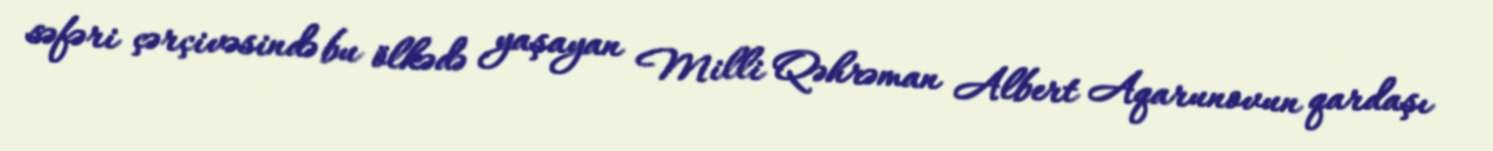
səfəri çərçivəsində bu ölkədə yaşayan Milli Qəhrəman Albert Aqarunovun qardaşı